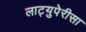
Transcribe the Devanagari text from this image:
लाट्युपेरीसा